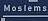
moslems